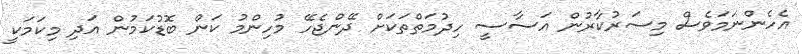
އެހެންނަމަވެސް މިސަރުކާރުން އަސާސީ ހިދުމަތްތަކަށް ދޭންޖެހޭ މުހިންމު ކަން ބޮޑުކަމުން އަދި މިކަމަކީ